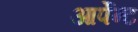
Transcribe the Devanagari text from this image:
आर्पेन्ट